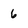
Character: 6